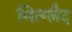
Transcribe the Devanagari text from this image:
मित्ग्लैद